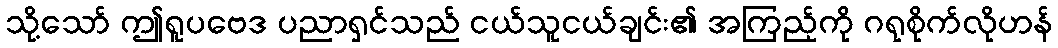
သို့သော် ဤရူပဗေဒ ပညာရှင်သည် ငယ်သူငယ်ချင်း၏ အကြည့်ကို ဂရုစိုက်လိုဟန်